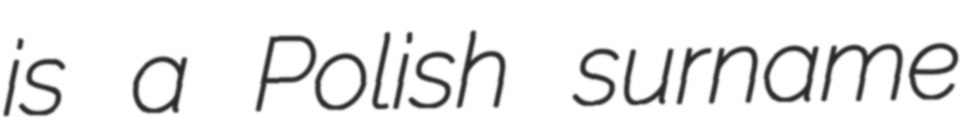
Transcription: is a Polish surname